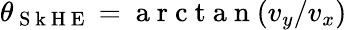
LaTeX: \theta_{\mathrm{~S~k~H~E~}}=\mathrm{~a~r~c~t~a~n~}(v_{y}/v_{x})